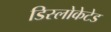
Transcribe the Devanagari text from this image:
डिस्लोकेटेड